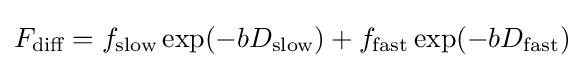
F_{\text{diff}}=f_{\text{slow}}\exp(-bD_{\text{slow}})+f_{\text{fast}}\exp(-bD_{\text{fast}})